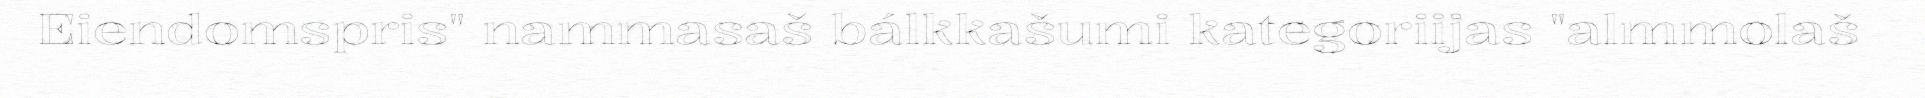
Eiendomspris" nammasaš bálkkašumi kategoriijas "almmolaš